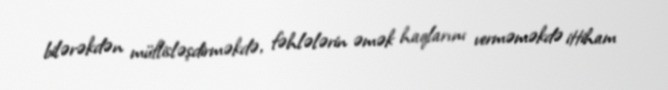
bilərəkdən müflisləşdirməkdə, fəhlələrin əmək haqlarını verməməkdə ittiham